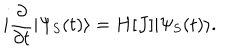
i \frac { \partial } { \partial t } | \Psi _ { \mathrm { S } } ( t ) \rangle = H [ J ] | \Psi _ { \mathrm { S } } ( t ) \rangle .